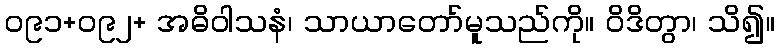
ဝ၉၁+ဝ၉၂+ အဓိဝါသနံ၊ သာယာတော်မူသည်ကို။ ဝိဒိတွာ၊ သိ၍။